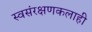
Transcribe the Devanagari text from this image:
स्वसंरक्षणकलाही